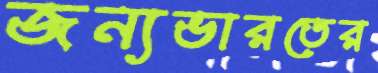
জন্যভারতের